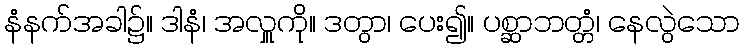
နံနက်အခါ၌။ ဒါနံ၊ အလှူကို။ ဒတွာ၊ ပေး၍။ ပစ္ဆာဘတ္တံ၊ နေလွဲသော